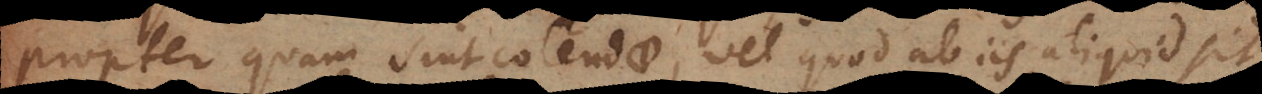
propter quam sint colendae, vel quod ab iis aliquid sit